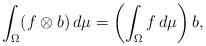
LaTeX: \begin{align*}\int_\Omega (f\otimes b)\,d\mu=\left(\int_\Omega f\,d\mu\right)b,\end{align*}